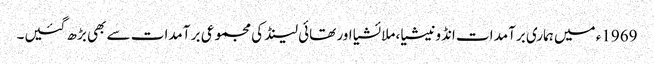
1969ء میں ہماری برآمد ات انڈونیشیا، ملائشیا اور تھائی لینڈ کی مجموعی بر آمدات سے بھی بڑھ گئیں۔